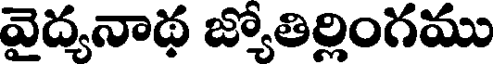
వైద్యనాథ జ్యోతిర్లింగము